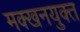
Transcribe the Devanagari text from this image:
मक्खनयुक्त